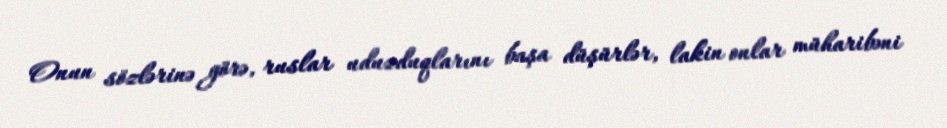
Onun sözlərinə görə, ruslar uduzduqlarını başa düşürlər, lakin onlar müharibəni